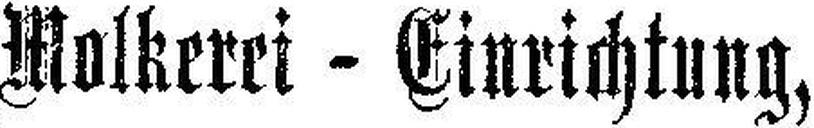
Molkerei - Einrichtung,